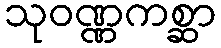
သုဝဏ္ဏကစ္ဆာ